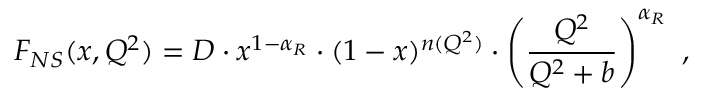
F _ { N S } ( x , Q ^ { 2 } ) = D \cdot x ^ { 1 - \alpha _ { R } } \cdot ( 1 - x ) ^ { n ( Q ^ { 2 } ) } \cdot \left( \frac { Q ^ { 2 } } { Q ^ { 2 } + b } \right) ^ { \alpha _ { R } } \ ,